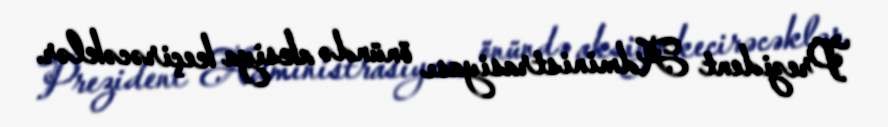
Prezident Administrasiyası önündə aksiya keçirəcəklər.